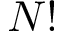
N !